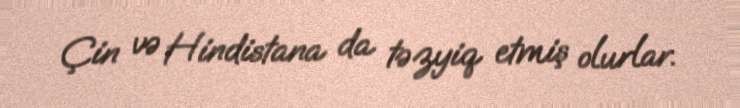
Çin və Hindistana da təzyiq etmiş olurlar.